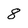
Character: 8